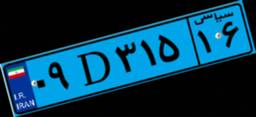
۰۹D۳۱۵۱۶